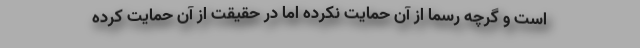
است و گرچه رسماً از آن حمایت نکرده اما در حقیقت از آن حمایت کرده‌